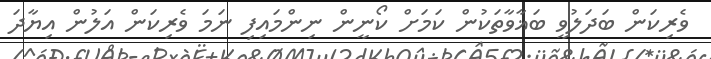
ވެރިކަން ބަދަލުވީ ބަޣާވާތަކުން ކަމަށް ކޯނީން ނިންމައިފި ނަމަ ވެރިކަން އަލުން އިޔާދަ